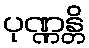
ပုဏ္ဏန္တိ